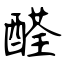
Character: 醛